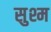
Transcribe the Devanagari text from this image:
सुश्म